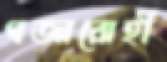
গজারোহী